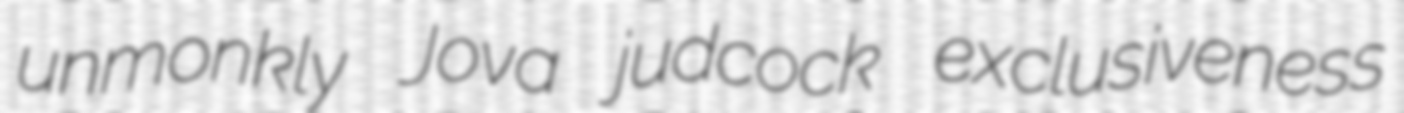
unmonkly Jova judcock exclusiveness